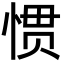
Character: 惯